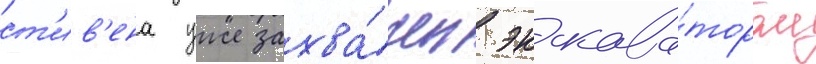
ст'ив'ена уже захва́чен экскава́тором